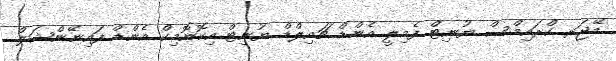
މޭޖަރ ކްރައިމްސް ޔުނިޓް ފެމިލީ އެންޑް ޗައިލްޑް ޔުނިޓް އިކޮނޮމިކް އެންޑް ފައިނޭންޝަލް